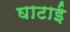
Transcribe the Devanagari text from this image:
घाटाई